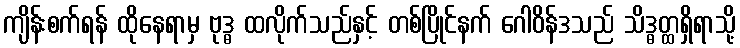
ကျိန်းစက်ရန် ထိုနေရာမှ ဗုဒ္ဓ ထလိုက်သည်နှင့် တစ်ပြိုင်နက် ဂေါဝိန်ဒသည် သိဒ္ဓတ္ထရှိရာသို့